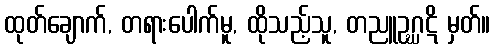
ထုတ်ချောက်, တရားပေါက်မူ, ထိုသည့်သူ, တညူဥဂ္ဃဋိ မှတ်။